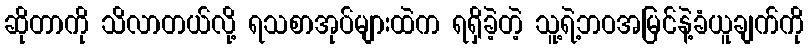
ဆိုတာကို သိလာတယ်လို့ ရသစာအုပ်များထဲက ရရှိခဲ့တဲ့ သူ့ရဲ့ဘဝအမြင်နဲ့ခံယူချက်ကို